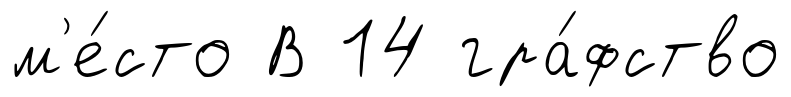
м'е́сто В 14 гра́фство